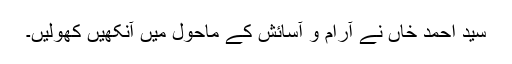
سید احمد خاں نے آرام و آسائش کے ماحول میں آنکھیں کھولیں۔